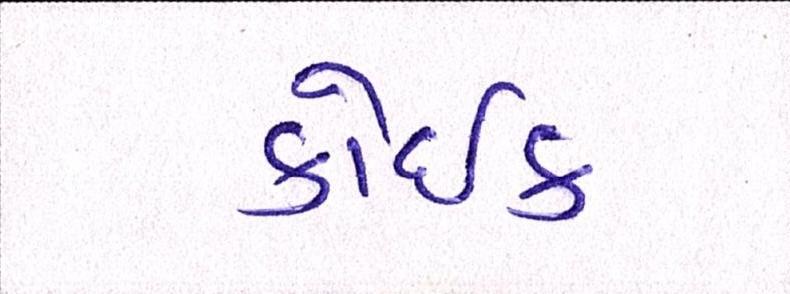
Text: કોઈક